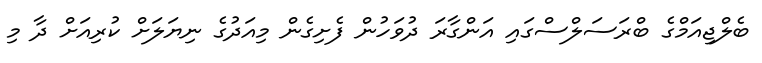
ބެލްޖިއަމްގެ ބްރަސަލްސްގައި އަންގާރަ ދުވަހުން ފެށިގެން މިއަދުގެ ނިޔަލަށް ކުރިއަށް ދާ މި